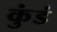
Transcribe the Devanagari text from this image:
कुंडं